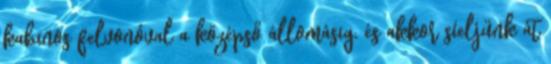
kabinos felvonóval a középső állomásig, és akkor síeljünk át